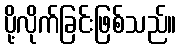
ပို့လိုက်ခြင်းဖြစ်သည်။